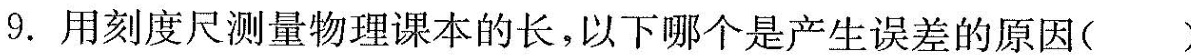
9. 用刻度尺测量物理课本的长，以下哪个是产生误差的原因( )